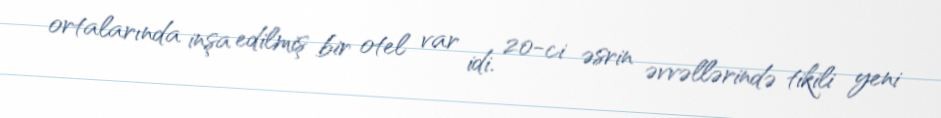
ortalarında inşa edilmiş bir otel var idi. 20-ci əsrin əvvəllərində tikili yeni